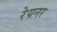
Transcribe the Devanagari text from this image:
रेयनर